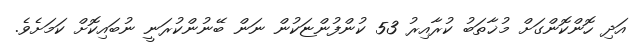
އަދި ހޮންކޮންގަށް މުޚާތަބު ކުރާއިރު 53 ކުންފުންޏަކުން ނަން ބޭނުންކުރަނީ ނުބައިކޮށް ކަމަށެވެ.